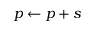
p \gets p + s